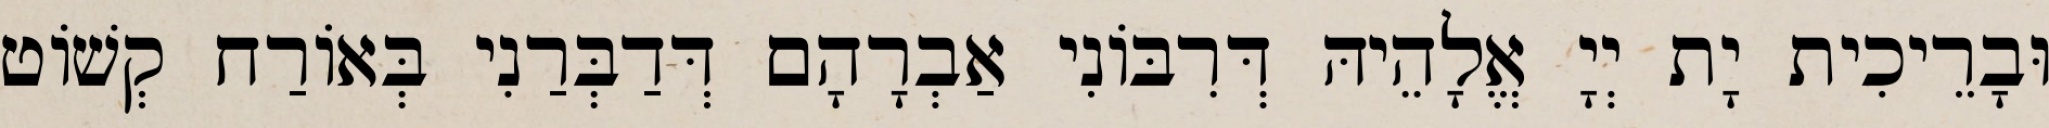
וּבָרֵיכִית יָת יְיָ אֱלָהֵיהּ דְּרִבּוֹנִי אַבְרָהָם דְּדַבְּרַנִי בְּאוֹרַח קְשׁוֹט